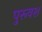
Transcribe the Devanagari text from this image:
पुरूवश